Madras plague regulations and rules for the inspection of inward and outward bound vessels - Volume 1
Disease focus: Plague
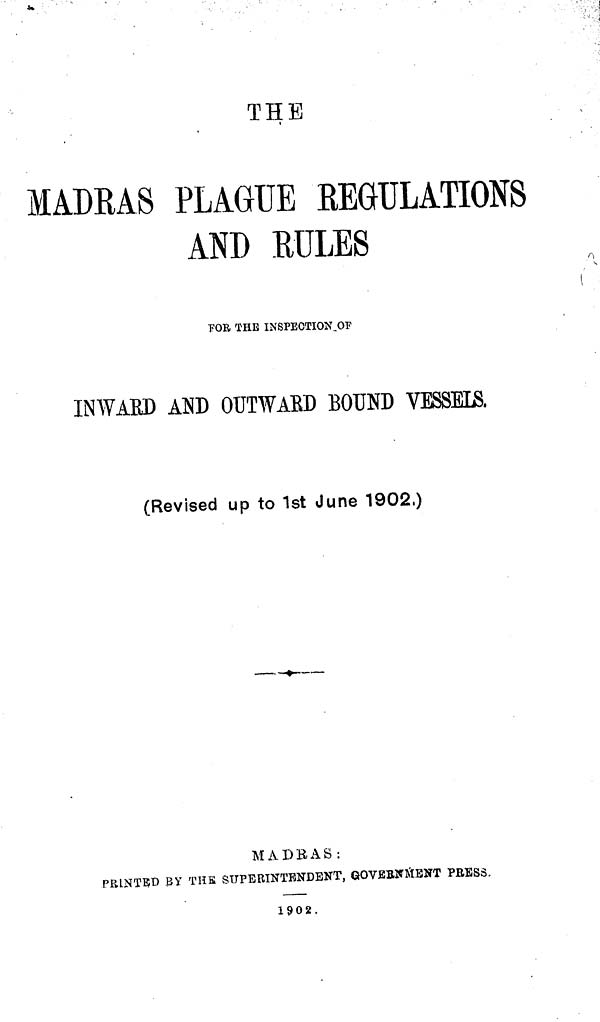
THE
MADRAS PLAGUE REGULATIONS
AND RULES
FOR THE INSPECTIONÎ
NWARD AND OUTWABD BOUND VESSElS.
(Revised up to 1st June 1902.)
MADRAS:
PRINTED BY THE SUPERINTENDENT, GOVERNMENT PRESS.
1902,